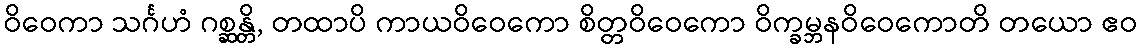
ဝိဝေကာ သင်္ဂဟံ ဂစ္ဆန္တိ, တထာပိ ကာယဝိဝေကော စိတ္တဝိဝေကော ဝိက္ခမ္ဘနဝိဝေကောတိ တယော ဧဝ